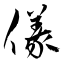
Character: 儀